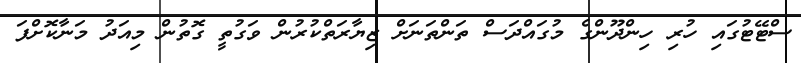
ސްޓޭޓުގައި ހުރި ހިންދޫންގެ މުގައްދަސް ތަންތަނަށް ޒިޔާރަތްކުރުން ވަގުތީ ގޮތުން މިއަދު މަނާކޮށްފަ